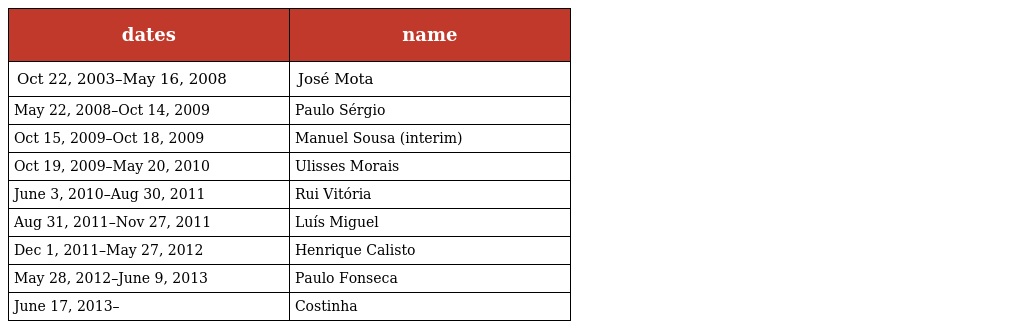
| dates | name |
 | --- | --- |
 | Oct 22, 2003–May 16, 2008 | José Mota |
 | May 22, 2008–Oct 14, 2009 | Paulo Sérgio |
 | Oct 15, 2009–Oct 18, 2009 | Manuel Sousa (interim) |
 | Oct 19, 2009–May 20, 2010 | Ulisses Morais |
 | June 3, 2010–Aug 30, 2011 | Rui Vitória |
 | Aug 31, 2011–Nov 27, 2011 | Luís Miguel |
 | Dec 1, 2011–May 27, 2012 | Henrique Calisto |
 | May 28, 2012–June 9, 2013 | Paulo Fonseca |
 | June 17, 2013– | Costinha |